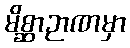
မိစ္ဆာဉာဏမှာ